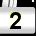
Digit: 2